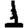
Digit: 1